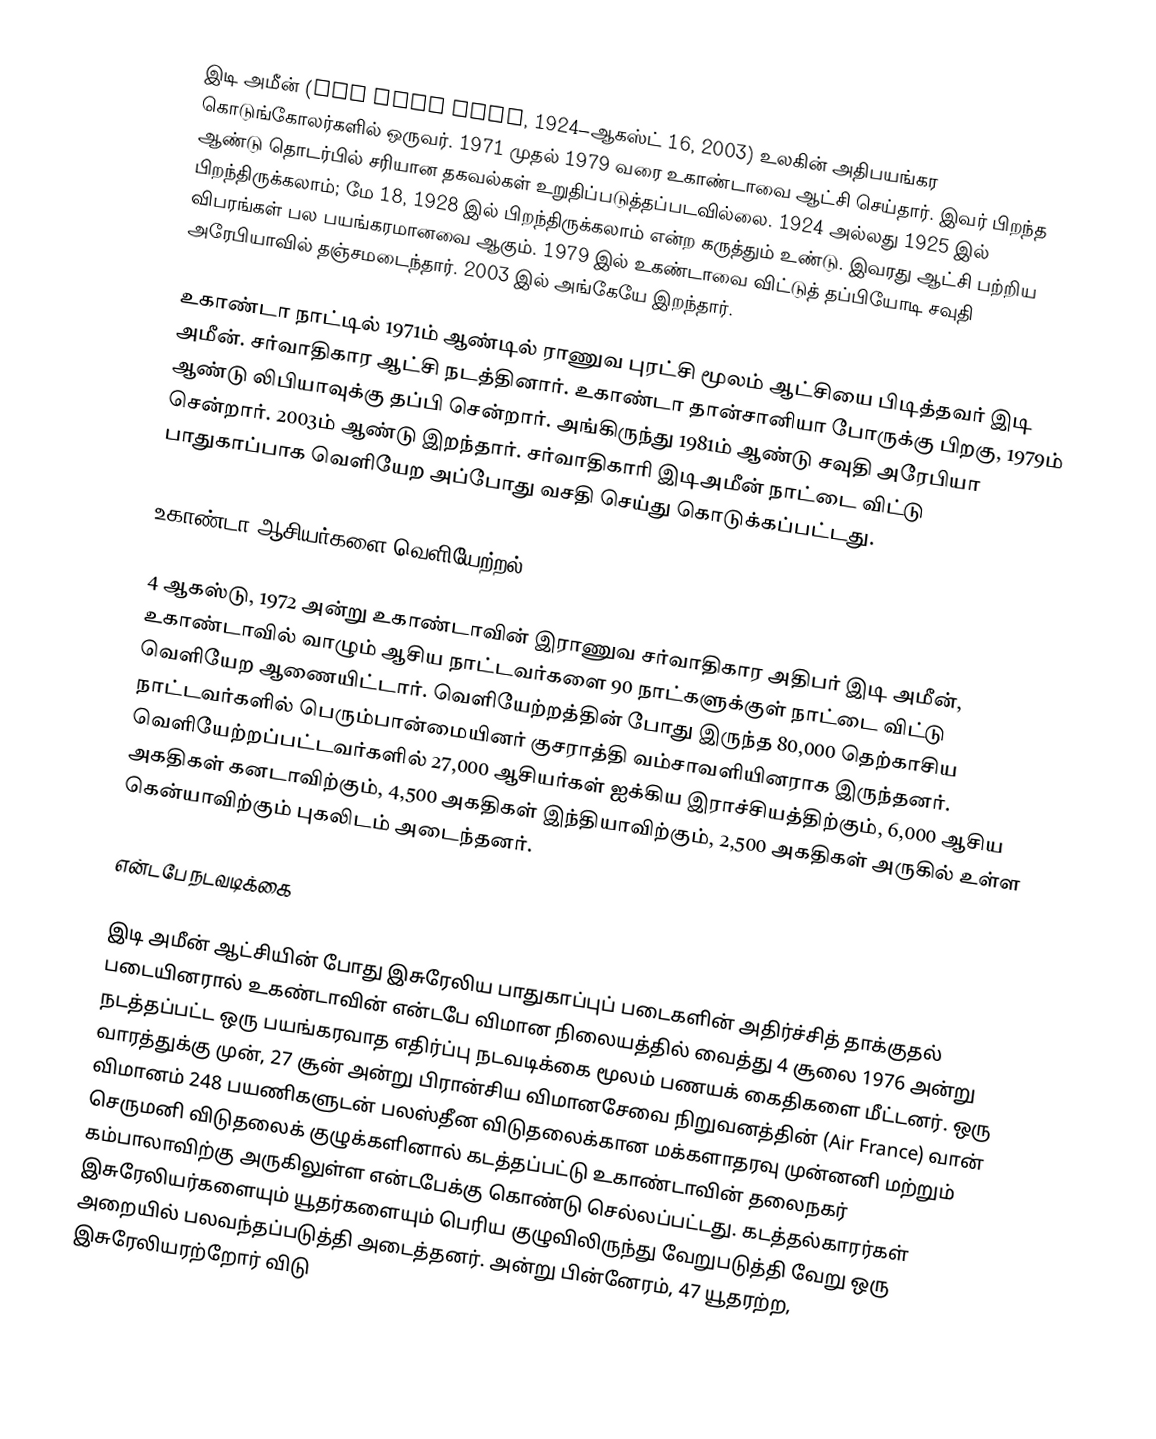
இடி அமீன் (Idi Amin Dada, 1924–ஆகஸ்ட் 16, 2003) உலகின் அதிபயங்கர கொடுங்கோலர்களில் ஒருவர். 1971 முதல் 1979 வரை உகாண்டாவை ஆட்சி செய்தார். இவர் பிறந்த ஆண்டு தொடர்பில் சரியான தகவல்கள் உறுதிப்படுத்தப்படவில்லை. 1924 அல்லது 1925 இல் பிறந்திருக்கலாம்; மே 18, 1928 இல் பிறந்திருக்கலாம் என்ற கருத்தும் உண்டு.  இவரது ஆட்சி பற்றிய விபரங்கள் பல பயங்கரமானவை ஆகும். 1979 இல் உகண்டாவை விட்டுத் தப்பியோடி சவுதி அரேபியாவில் தஞ்சமடைந்தார். 2003 இல் அங்கேயே இறந்தார்.

உகாண்டா நாட்டில் 1971ம் ஆண்டில் ராணுவ புரட்சி மூலம் ஆட்சியை பிடித்தவர் இடி அமீன். சர்வாதிகார ஆட்சி நடத்தினார். உகாண்டா தான்சானியா போருக்கு பிறகு, 1979ம் ஆண்டு லிபியாவுக்கு தப்பி சென்றார். அங்கிருந்து 1981ம் ஆண்டு சவுதி அரேபியா சென்றார். 2003ம் ஆண்டு இறந்தார். சர்வாதிகாரி இடிஅமீன் நாட்டை விட்டு பாதுகாப்பாக வெளியேற அப்போது வசதி செய்து கொடுக்கப்பட்டது.

உகாண்டா ஆசியர்களை வெளியேற்றல்

4 ஆகஸ்டு, 1972 அன்று உகாண்டாவின் இராணுவ சர்வாதிகார அதிபர் இடி அமீன், உகாண்டாவில் வாழும் ஆசிய நாட்டவர்களை 90 நாட்களுக்குள் நாட்டை விட்டு வெளியேற ஆணையிட்டார். வெளியேற்றத்தின் போது இருந்த 80,000 தெற்காசிய நாட்டவர்களில் பெரும்பான்மையினர் குசராத்தி வம்சாவளியினராக இருந்தனர். வெளியேற்றப்பட்டவர்களில் 27,000 ஆசியர்கள் ஐக்கிய இராச்சியத்திற்கும்,   6,000 ஆசிய அகதிகள் கனடாவிற்கும், 4,500 அகதிகள் இந்தியாவிற்கும், 2,500 அகதிகள் அருகில் உள்ள கென்யாவிற்கும் புகலிடம் அடைந்தனர்.

என்டபே நடவடிக்கை

இடி அமீன் ஆட்சியின் போது இசுரேலிய பாதுகாப்புப் படைகளின் அதிர்ச்சித் தாக்குதல் படையினரால் உகண்டாவின் என்டபே விமான நிலையத்தில் வைத்து 4 சூலை 1976 அன்று நடத்தப்பட்ட ஒரு பயங்கரவாத எதிர்ப்பு நடவடிக்கை மூலம் பணயக் கைதிகளை மீட்டனர். ஒரு வாரத்துக்கு முன், 27 சூன் அன்று பிரான்சிய விமானசேவை நிறுவனத்தின் (Air France) வான் விமானம் 248 பயணிகளுடன் பலஸ்தீன விடுதலைக்கான மக்களாதரவு முன்னனி மற்றும் செருமனி விடுதலைக் குழுக்களினால் கடத்தப்பட்டு உகாண்டாவின் தலைநகர் கம்பாலாவிற்கு அருகிலுள்ள என்டபேக்கு கொண்டு செல்லப்பட்டது. கடத்தல்காரர்கள் இசுரேலியர்களையும் யூதர்களையும் பெரிய குழுவிலிருந்து வேறுபடுத்தி வேறு ஒரு அறையில் பலவந்தப்படுத்தி அடைத்தனர். அன்று பின்னேரம், 47 யூதரற்ற, இசுரேலியரற்றோர் விடு